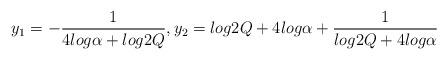
LaTeX: \begin{align*}y_{1} = -\frac{1}{4log\alpha + log2Q},y_{2} = log2Q + 4log\alpha +\frac{1}{log2Q + 4log\alpha}\end{align*}